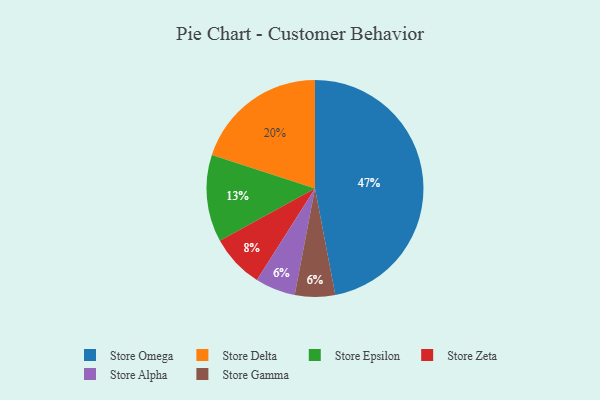
{"axis": {"x": "Category", "y": "Percentage"}, "legend": ["Store Alpha", "Store Delta", "Store Epsilon", "Store Gamma", "Store Omega", "Store Zeta"], "data": [{"x": "Store Delta", "y": 20, "type": "Store Delta"}, {"x": "Store Alpha", "y": 6, "type": "Store Alpha"}, {"x": "Store Omega", "y": 47, "type": "Store Omega"}, {"x": "Store Zeta", "y": 8, "type": "Store Zeta"}, {"x": "Store Epsilon", "y": 13, "type": "Store Epsilon"}, {"x": "Store Gamma", "y": 6, "type": "Store Gamma"}]}